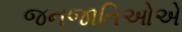
જનજાતિઓએ